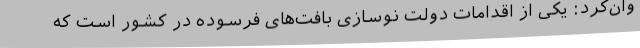
وان‌کرد: یکی از اقدامات دولت نوسازی بافت‌های فرسوده در کشور است که